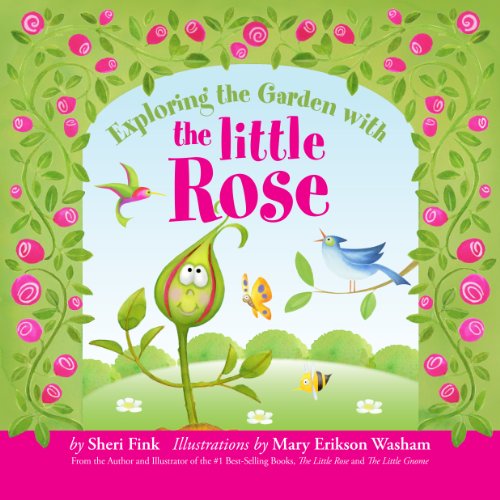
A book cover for Exploring the Garden with the Little Rose; Sheri Fink; Children's Books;